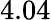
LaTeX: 4.04